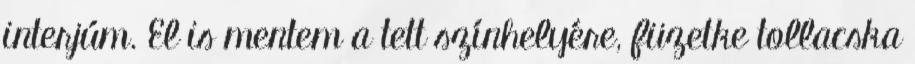
interjúm. El is mentem a tett színhelyére, füzetke tollacska